Civil Veterinary Department Bengal reports 1923-33 - 1923-1933
Year: 1923
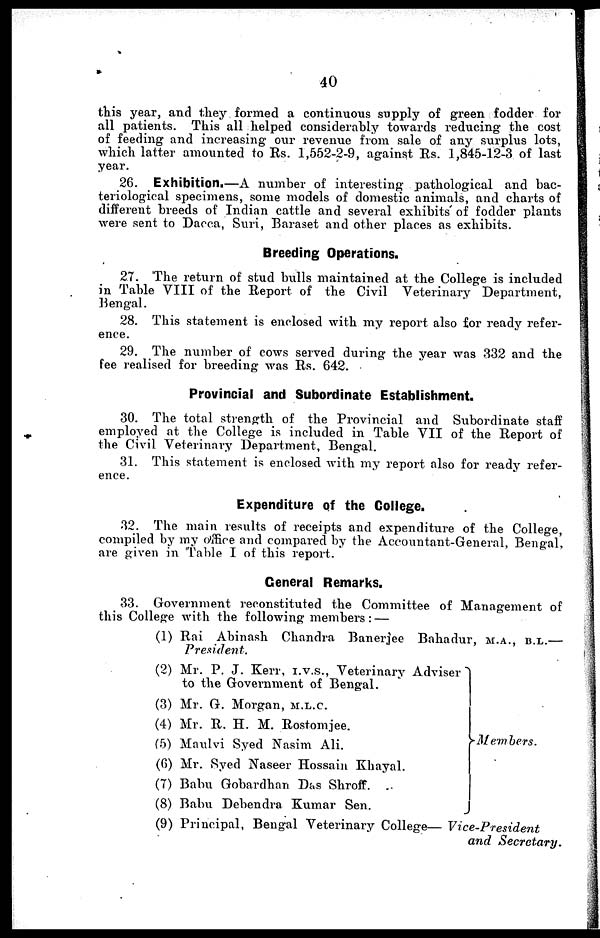
40
this year, and they formed a continuous supply of green fodder for
all patients. This all helped considerably towards reducing the cost
of feeding and increasing our revenue from sale of any surplus lots,
which latter amounted to Rs. 1,562-2-9, against Rs. 1,845-12-3 of last
year.
26. Exhibition.—A number of interesting pathological and bac-
teriological specimens, some models of domestic animals, and charts of
different breeds of Indian cattle and several exhibits of fodder plants
were sent to Dacca, Suri, Baraset and other places as exhibits.
Breeding Operations.
27. The return of stud bulls maintained at the College is included
in Table VIII of the Report of the Civil Veterinary Department,
Bengal.
28. This statement is enclosed with my report also for ready refer-
ence.
29. The number of cows served during the year was 332 and the
fee realised for breeding was Rs. 642.
Provincial and Subordinate Establishment.
30. The total strength of the Provincial and Subordinate staff
employed at the College is included in Table VII of the Report of
the Civil Veterinary Department, Bengal.
31. This statement is enclosed with my report also for ready refer-
ence.
Expenditure of the College.
32. The main results of receipts and expenditure of the College,
compiled by my office and compared by the Accountant-General, Bengal,
are given in Table I of this report.
General Remarks.
33. Government reconstituted the Committee of Management of
this College with the following members: —
(1) Rai Abinash Chandra Banerjee Bahadur, M.A., B.L.—
President.
(2) Mr. P. J. Kerr, I.V.S., Veterinary Adviser
to the Government of Bengal.
(3) Mr. G. Morgan, M.L.C.
(4) Mr. R. H. M. Rostomjee.
(5) Maulvi Syed Nasim Ali.
(0) Mr. Syed Naseer Hossain Khayal.
(7) Babu Gobardhan Das Shroff.
(8) Babu Debendra Kumar Sen.
Members.
(9) Principal, Bengal Veterinary College— Vice-President
and Secretary.